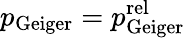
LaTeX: p_{\mathrm{Geiger}}=p_{\mathrm{Geiger}}^{\mathrm{rel}}